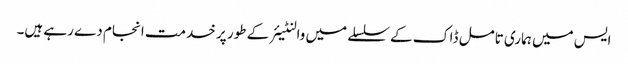
ایس میں ہماری تامل ڈاک کے سلسلے میں والنٹیئر کے طور پر خدمت انجام دے رہے ہیں۔